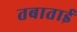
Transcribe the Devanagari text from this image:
तबाताई